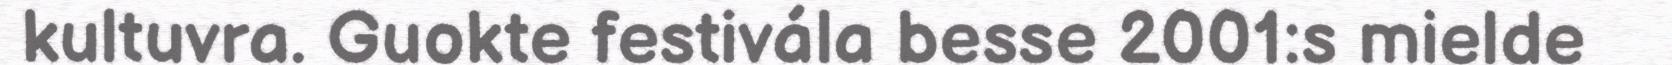
kultuvra. Guokte festivála besse 2001:s mielde